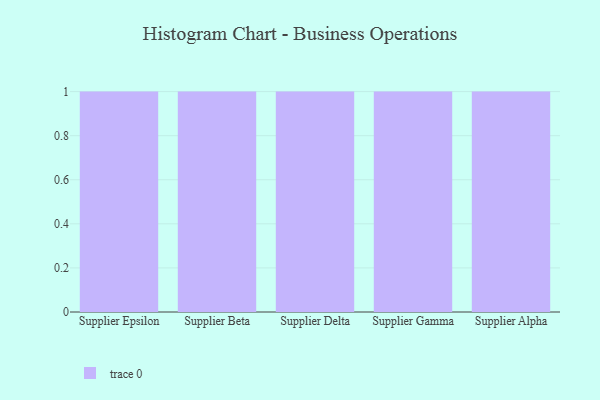
{"axis": {"x": "Supplier", "y": "Operating Costs (USD K)"}, "legend": [""], "data": [{"x": "Supplier Epsilon", "y": 26, "type": ""}, {"x": "Supplier Beta", "y": 14, "type": ""}, {"x": "Supplier Delta", "y": 80, "type": ""}, {"x": "Supplier Gamma", "y": 27, "type": ""}, {"x": "Supplier Alpha", "y": 73, "type": ""}]}